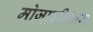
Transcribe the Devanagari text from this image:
मोजा़इसिज़म